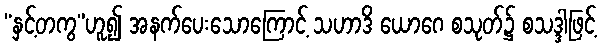
“နှင့်တကွ”ဟူ၍ အနက်ပေးသောကြောင့် သဟာဒိ ယောဂေ စသုတ်၌ စသဒ္ဒါဖြင့်